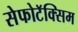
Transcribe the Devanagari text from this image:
सेफोटॅक्सिम